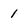
Character: 1